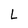
Character: L